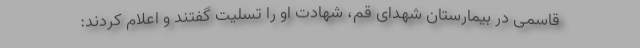
قاسمی در بیمارستان شهدای قم، شهادت او را تسلیت گفتند و اعلام کردند: